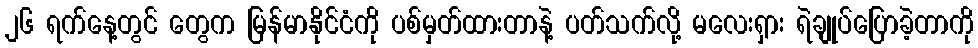
၂၆ ရက်နေ့တွင် တွေက မြန်မာနိုင်ငံကို ပစ်မှတ်ထားတာနဲ့ ပတ်သက်လို့ မလေးရှား ရဲချုပ်ပြောခဲ့တာကို